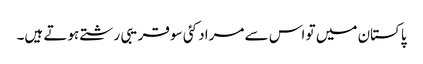
پاکستان میں تو اس سے مراد کئی سو قریبی رشتے ہوتے ہیں۔